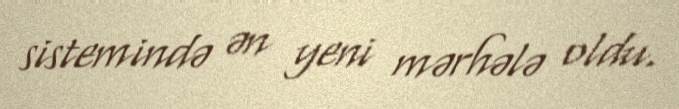
sistemində ən yeni mərhələ oldu.